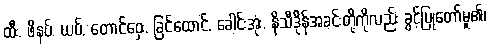
ထီး, ဖိနပ်, ယပ်, တောင်ဝှေး, ခြင်ထောင်, ခေါင်းအုံး, နိသီဒိုန်အခင်းတို့ကိုလည်း ခွင့်ပြုတော်မူ၏၊